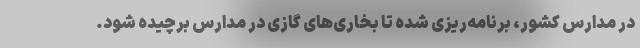
در مدارس کشور، برنامه‌ریزی شده تا بخاری‌های گازی در مدارس برچیده شود.